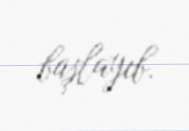
başlayıb.